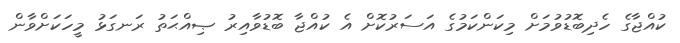
ކުއްޖާގެ ހެދިބޮޑުވުމަށް މިކަންކަމުގެ އަސަރުކޮށް އެ ކުއްޖާ ބޮޑުވާއިރު ޞިއްޙަތު ރަނގަޅު މީހަކަށްވާން